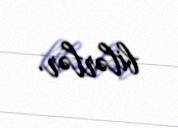
bilərlər.